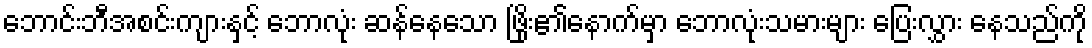
ဘောင်းဘီအစင်းကျားနှင့် ဘောလုံး ဆန်နေသော ဖြိုး၏နောက်မှာ ဘောလုံးသမားများ ပြေးလွှား နေသည်ကို